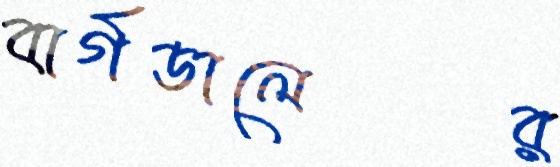
বার্গডালের